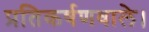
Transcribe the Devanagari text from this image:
प्रतिकर्षणवाले।